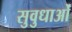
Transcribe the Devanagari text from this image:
सुवुधाओं